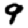
Digit: 9